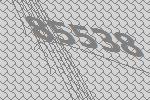
85538